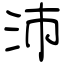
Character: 沛